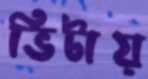
ভিটায়